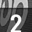
Digit: 2